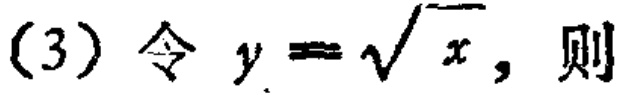
(3) 令 \(y = \sqrt{x}\)，则